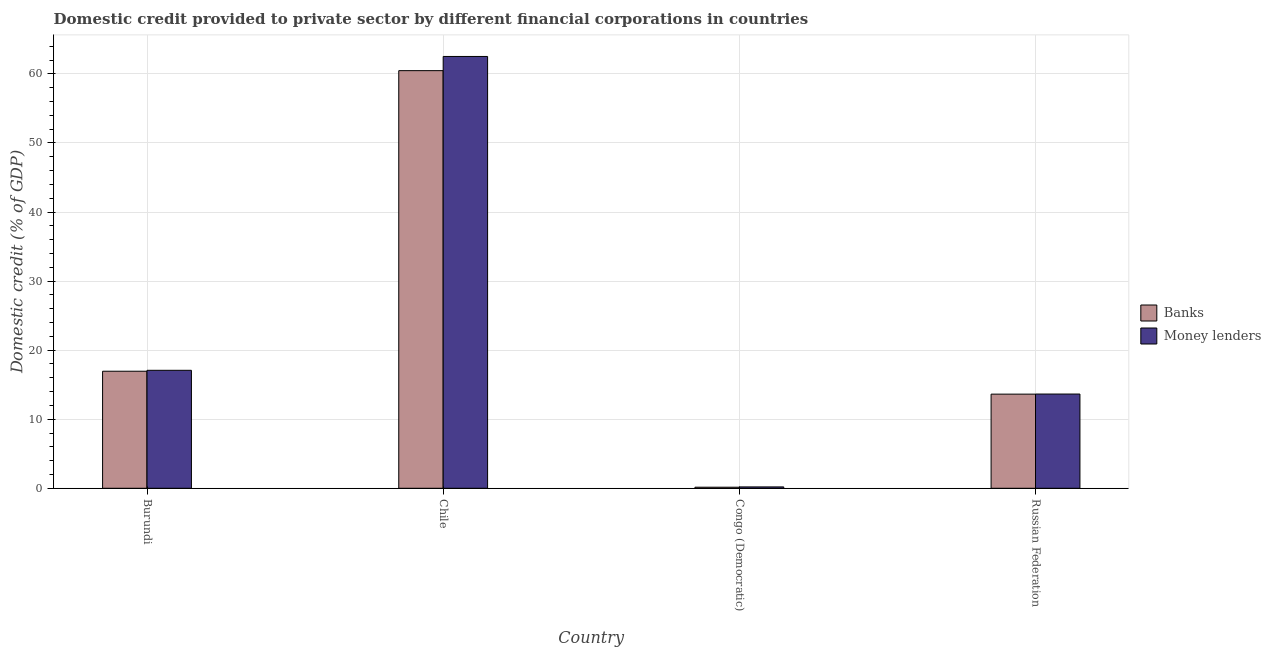
| Country | Banks | Money lenders |
 | --- | --- | --- |
 | Burundi | 16.9 | 17.1 |
 | Chile | 60.5 | 62.5 |
 | Congo (Democratic) | 0.154 | 0.198 |
 | Russian Federation | 13.6 | 13.6 |